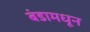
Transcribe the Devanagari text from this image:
बंडामधून